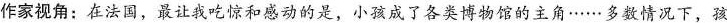
作家视角：在法国，最让我吃惊和感动的是，小孩成了各类博物馆的主角……多数情况下，孩